Lunatic asylums Punjab 1868-1880 - 1868-1880
Year: 1868
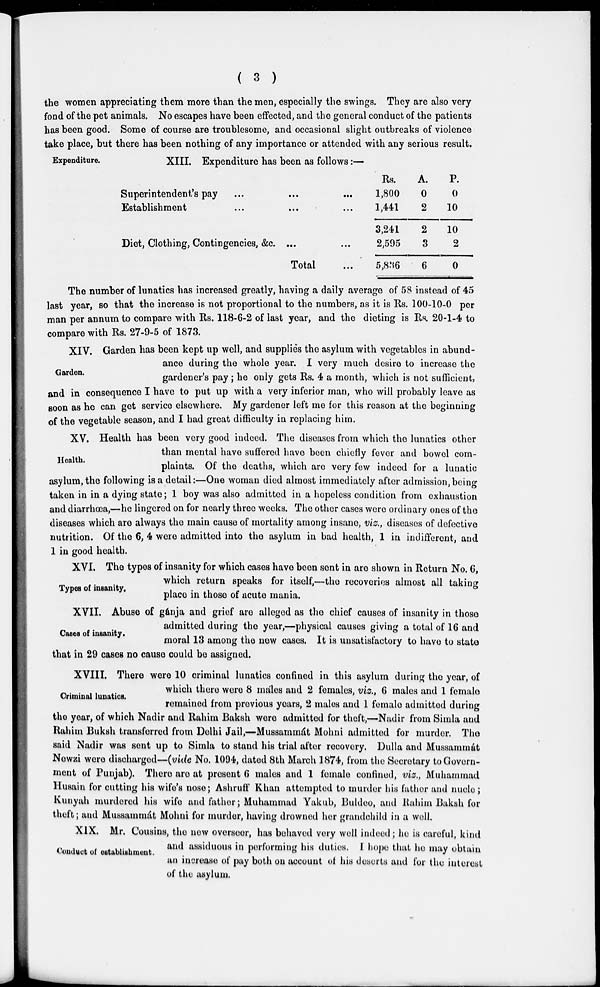
( 3 )
the women appreciating them more than the men, especially the swings. They are also very
fond of the pet animals. No escapes have been effected, and the general conduct of the patients
has been good. Some of course are troublesome, and occasional slight outbreaks of violence
take place, but there has been nothing of any importance or attended with any serious result.
Expenditure.
XIII. Expenditure has been as follows:—
Superintendent's pay ...
Establishment ...
Diet, Clothing, Contingencies, &c.
...
...
...
Total
...
...
...
...
Rs.
1,800
1,441
3,241
2,595
5,836
A.
0
2
2
3
6
P.
0
10
10
2
0
The number of lunatics has increased greatly, having a daily average of 58 instead of 45
last year, so that the increase is not proportional to the numbers, as it is Rs. 100-10-0 per
man per annum to compare with Rs. 118-6-2 of last year, and the dieting is Rs. 20-1-4 to
compare with Rs. 27-9-5 of 1873.
Garden.
XIV. Garden has been kept up well, and supplies the asylum with vegetables in abund-
ance during the whole year. I very much desire to increase the
gardener's pay; he only gets Rs. 4 a month, which is not sufficient,
and in consequence I have to put up with a very inferior man, who will probably leave as
soon as he can get service elsewhere. My gardener left me for this reason at the beginning
of the vegetable season, and I had great difficulty in replacing him.
Health.
XV. Health has been very good indeed. The diseases from which the lunatics other
than mental have suffered have been chiefly fever and bowel com-
plaints. Of the deaths, which are very few indeed for a lunatic
asylum, the following is a detail:—One woman died almost immediately after admission,being
taken in in a dying state; 1 boy was also admitted in a hopeless condition from exhaustion
and diarrhoea,—he lingered on for nearly three weeks. The other cases were ordinary ones of the
diseases which are always the main cause of mortality among insane, viz., diseases of defective
nutrition. Of the 6, 4 were admitted into the asylum in bad health, 1 in indifferent, and
1 in good health.
Types of insanity.
XVI. The types of insanity for which cases have been sent in are shown in Return No. 6,
which return speaks for itself,—the recoveries almost all taking
place in those of acute mania.
Cases of insanity.
XVII. Abuse of gánja and grief are alleged as the chief causes of insanity in those
admitted during the year,—physical causes giving a total of 16 and
moral 13 among the new cases. It is unsatisfactory to have to state
that in 29 cases no cause could be assigned.
Criminal lunatics.
XVIII. There were 10 criminal lunatics confined in this asylum during the year, of
which there were 8 males and 2 females, viz., 6 males and 1 female
remained from previous years, 2 males and 1 female admitted during
the year, of which Nadir and Rahim Baksh were admitted for theft,—Nadir from Simla and
Rahim Buksh transferred from Delhi Jail,—Mussammát Mohni admitted for murder. The
said Nadir was sent up to Simla to stand his trial after recovery. Dulla and Mussammát
Newzi were discharged—(vide No. 1094, dated 8th March 1874, from the Secretary to Govern-
ment of Punjab). There are at present 6 males and 1 female confined, viz., Muhammad
Husain for cutting his wife's nose; Ashruff Khan attempted to murder his father and nucle;
Kunyah murdered his wife and father; Muhammad Yakub, Buldeo, and Rahim Baksh for
theft; and Mussammát Mohni for murder, having drowned her grandchild in a well.
Couduct of establishment.
XIX. Mr. Cousins, the now overseer, has behaved very well indeed; he is careful, kind
and assiduous in performing his duties. I hope that he may obtain
an increase of pay both on account of his deserts and for the interest
of the asylum.